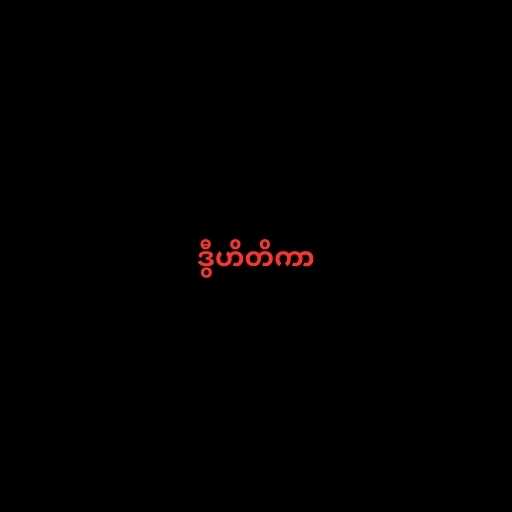
ဒွီဟိတိကာ